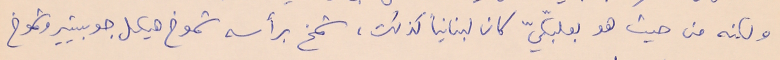
ولكنه من حيث هو بعلبكيّ كان لبنانياً كذلك، شمخ برأسه شموخ هيكل جوبيتر وشموخ